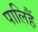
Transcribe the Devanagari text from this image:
पालिहैं